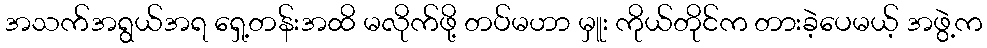
အသက်အရွယ်အရ ရှေ့တန်းအထိ မလိုက်ဖို့ တပ်မဟာ မှူး ကိုယ်တိုင်က တားခဲ့ပေမယ့် အဖွဲ့က